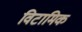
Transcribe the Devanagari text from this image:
विटामिक